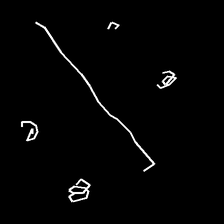
Glyph: cool